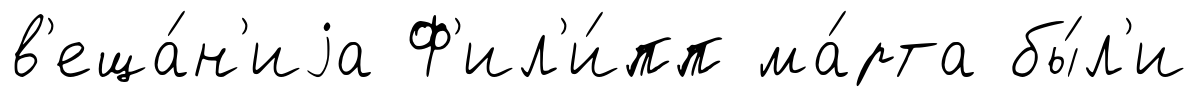
в'еща́н'иjа Ф'ил'и́пп ма́рта бы́л'и